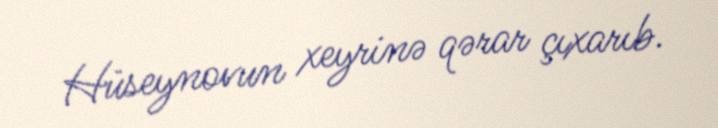
Hüseynovun xeyrinə qərar çıxarıb.